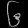
Digit: ၆